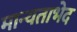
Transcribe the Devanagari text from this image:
मान्यताभेद